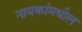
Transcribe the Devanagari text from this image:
नायकांमधील